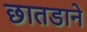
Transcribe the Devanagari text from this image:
छातडाने